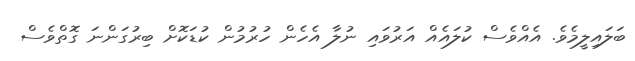
ބަލައިލީމެވެ. އެއްވެސް ކުލައެއް އަރުވައި ނުލާ އެހެން ހުރުމުން ކުޑަކޮށް ބިރުގަންނަ ގޮތްވެސް